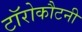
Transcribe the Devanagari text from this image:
टॉरोकौटनी